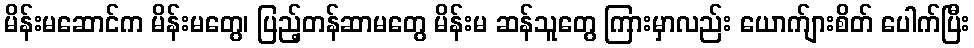
မိန်းမဆောင်က မိန်းမတွေ၊ ပြည့်တန်ဆာမတွေ မိန်းမ ဆန်သူတွေ ကြားမှာလည်း ယောက်ျားစိတ် ပေါက်ပြီး